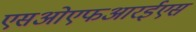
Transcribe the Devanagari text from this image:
एसओएफआरईएस